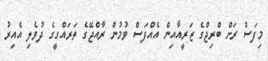
މިފަސް ރަށް ބްރިޖްގެ ޒަރީއާއިން އެއްފަސް ވުމުން ރާއްޖޭގެ ތަރައްގީގެ ދުވެލި އެއިރު